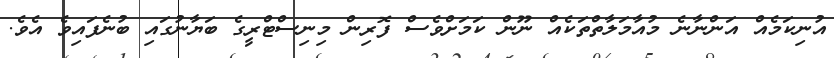
އުނިކަމެއް އަންނާނެ މުއާމަލާތްތަކެއް ނޫން ކަމަށްވެސް ފޮރިން މިނިސްޓްރީގެ ބަޔާނުގައި ބުނެފައިވެ އެވެ.